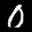
Label: 0